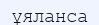
ұяланса